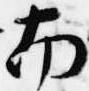
南